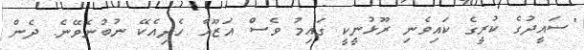
"ސައީދުގެ ކުރީގެ ކައިވެނި ރޫޅުނީކީ ގައިމު ވެސް އަޒޫއާ ހެދިއެކޭ ނުބުނެވޭނެ. ދެން